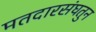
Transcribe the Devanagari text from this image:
मतदारसंघतुन